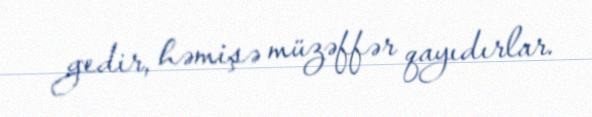
gedir, həmişə müzəffər qayıdırlar.